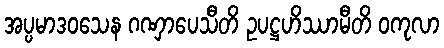
အပ္ပမာဒဝသေန ဂဏှာပေသီတိ ဥပဋ္ဌဟိဿာမီတိ ဝကုလာ